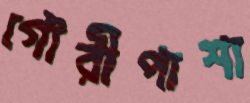
গৌরীপাশা